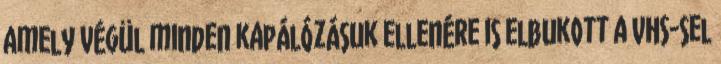
amely végül minden kapálózásuk ellenére is elbukott a VHS-sel